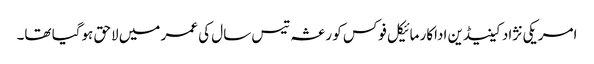
امریکی نژاد کینیڈین اداکار مائیکل فوکس کو رعشہ تیس سال کی عمر میں لاحق ہوگیا تھا۔